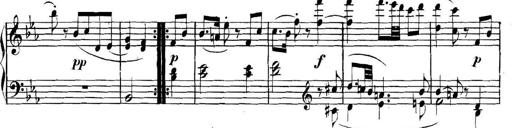
Title: Collected Piano Sonatas
Composer: Muzio Clementi